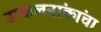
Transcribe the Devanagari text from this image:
उत्कलनांकांचा